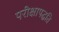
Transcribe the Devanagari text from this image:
परीक्षापद्धति